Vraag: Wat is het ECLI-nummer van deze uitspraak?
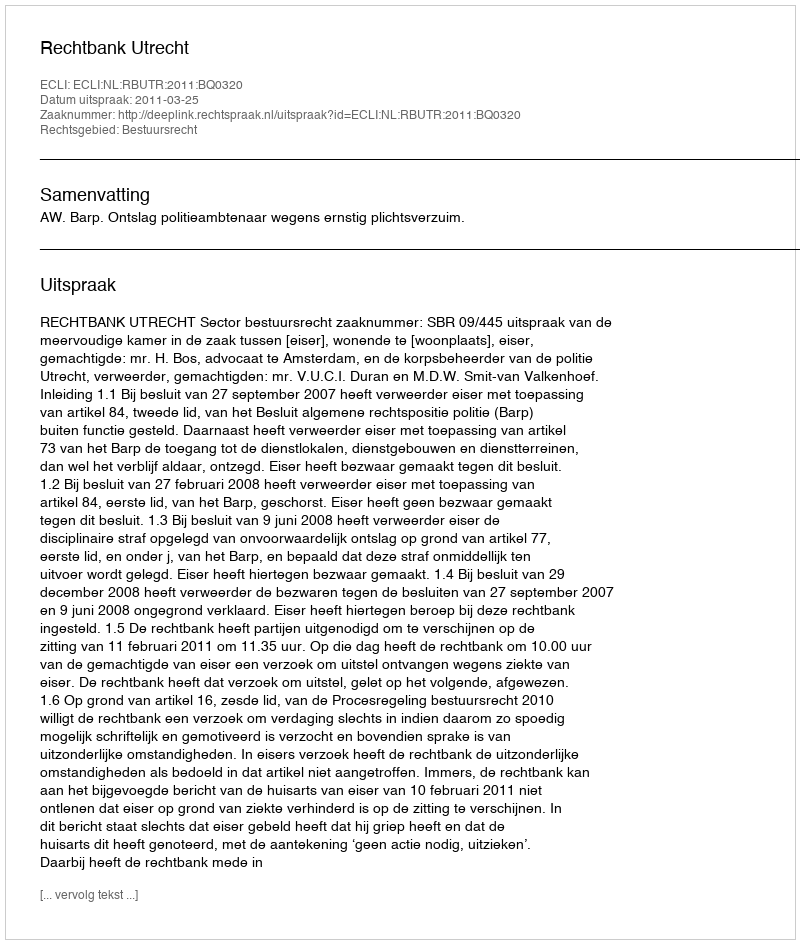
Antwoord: ECLI:NL:RBUTR:2011:BQ0320